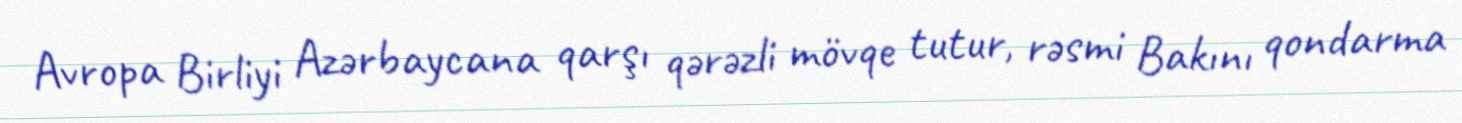
Avropa Birliyi Azərbaycana qarşı qərəzli mövqe tutur, rəsmi Bakını qondarma